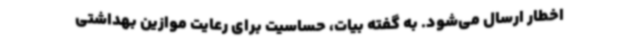
اخطار ارسال می‌شود. به گفته بیات، حساسیت برای رعایت موازین بهداشتی